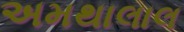
અમથાલાલ